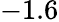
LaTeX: -1.6